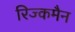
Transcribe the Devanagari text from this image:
रिज्कमैन